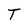
Character: T